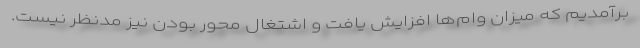
برآمدیم که میزان وام‌ها افزایش یافت و اشتغال محور بودن نیز مدنظر نیست.